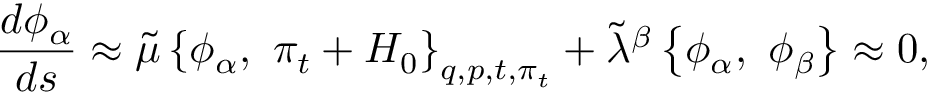
{ \frac { d { \phi _ { \alpha } } } { d s } } \approx \tilde { \mu } \left\{ \phi _ { \alpha } , \ \pi _ { t } + H _ { 0 } \right\} _ { q , p , t , \pi _ { t } } + { \tilde { \lambda } } ^ { \beta } \left\{ \phi _ { \alpha } , \ \phi _ { \beta } \right\} \approx 0 ,